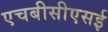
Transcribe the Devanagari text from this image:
एचबीसीएसई